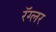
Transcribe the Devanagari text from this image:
रॅग्लर